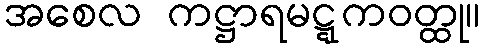
အစေလ ကဋ္ဌာရမဋ္ဋကဝတ္ထု။